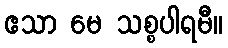
ဧသာ မေ သစ္စပါရမီ။